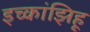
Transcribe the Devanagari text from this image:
इच्कांझिहू